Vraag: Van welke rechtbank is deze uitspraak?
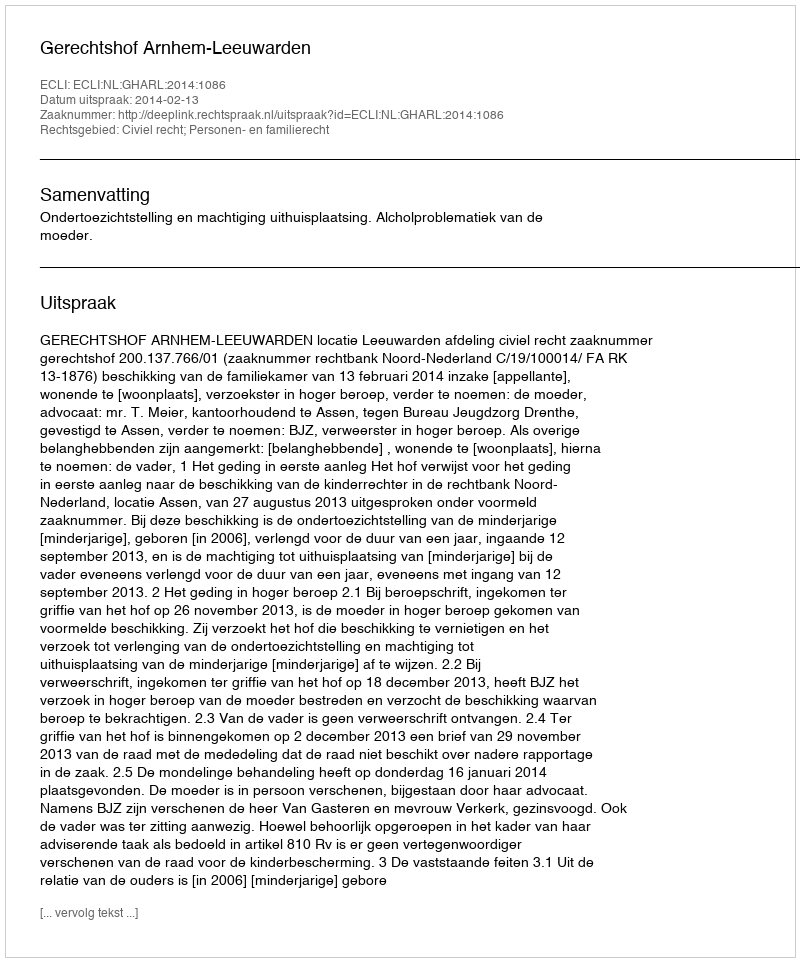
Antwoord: Gerechtshof Arnhem-Leeuwarden